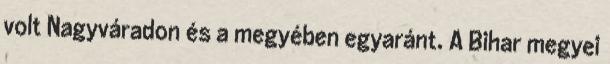
volt Nagyváradon és a megyében egyaránt. A Bihar megyei